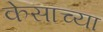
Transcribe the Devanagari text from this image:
केसाच्या